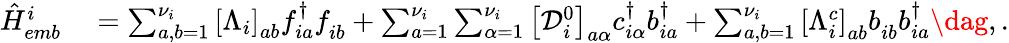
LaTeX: \begin{array}{rl}{\hat{H}_{emb}^{i}}&{{}=\sum_{a,b=1}^{{\nu}_{i}}\left[\Lambda_{i}\right]_{ab}f_{ia}^{\dagger}f_{ib}^{\phantom{\dagger}}+\sum_{a=1}^{{\nu}_{i}}\sum_{\alpha=1}^{\nu_{i}}\left[\mathcal{D}_{i}^{0}\right]_{a\alpha}c_{i\alpha}^{\dagger}b_{ia}^{\dagger}+\sum_{a,b=1}^{{\nu}_{i}}\left[\Lambda_{i}^{c}\right]_{ab}b_{ib}^{\phantom{\dagger}}b_{ia}^{\dagger}\dag,.}\end{array}